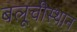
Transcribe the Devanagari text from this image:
बलूचीस्थान